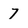
Character: 7